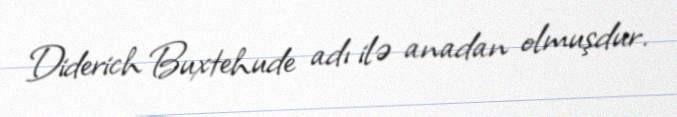
Diderich Buxtehude adı ilə anadan olmuşdur.